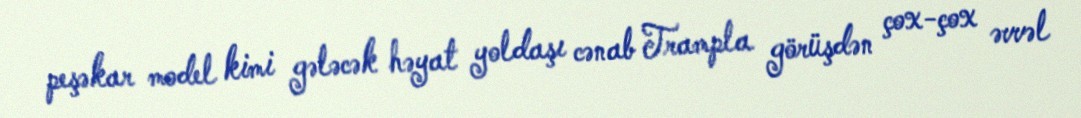
peşəkar model kimi gələcək həyat yoldaşı cənab Trampla görüşdən çox-çox əvvəl